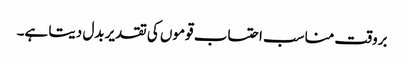
بروقت مناسب احتساب قوموں کی تقدیر بدل دیتا ہے۔